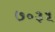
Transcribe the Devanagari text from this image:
७०३५